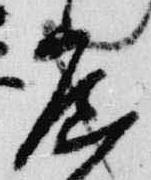
広